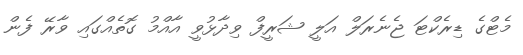
މެޓްގެ ޑިރެކްޓަ ޖެނެރަލް އަލީ ޝަރީފް ވިދާޅުވީ އާއްމު ގޮތެއްގައި ވާރޭ ފެން